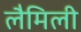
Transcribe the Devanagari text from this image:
लैमिली